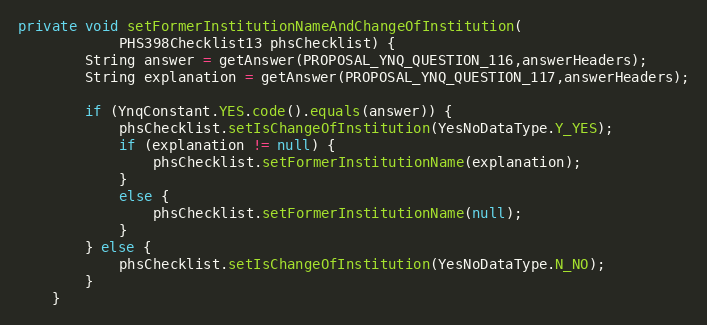
Language: Java
private void setFormerInstitutionNameAndChangeOfInstitution(
			PHS398Checklist13 phsChecklist) {
	    String answer = getAnswer(PROPOSAL_YNQ_QUESTION_116,answerHeaders);
        String explanation = getAnswer(PROPOSAL_YNQ_QUESTION_117,answerHeaders);

        if (YnqConstant.YES.code().equals(answer)) {
            phsChecklist.setIsChangeOfInstitution(YesNoDataType.Y_YES);
            if (explanation != null) {
                phsChecklist.setFormerInstitutionName(explanation);
            }
            else {
                phsChecklist.setFormerInstitutionName(null);
            }
        } else {
            phsChecklist.setIsChangeOfInstitution(YesNoDataType.N_NO);
        }
	}